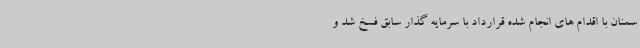
سمنان با اقدام های انجام شده قرارداد با سرمایه گذار سابق فسخ شد و